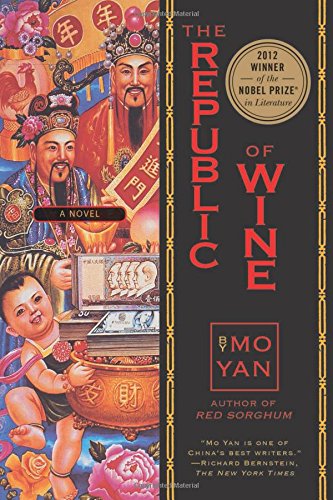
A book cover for The Republic of Wine: A Novel; Mo Yan; Humor & Entertainment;